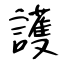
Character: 護